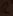
Text: 2